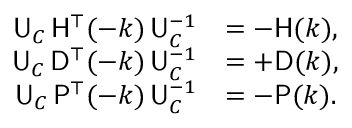
\begin{array} { r l } { { \sf U } _ { C } \, { \sf H } ^ { \top } ( - k ) \, { \sf U } _ { C } ^ { - 1 } } & { = - { \sf H } ( k ) , } \\ { { \sf U } _ { C } \, { \sf D } ^ { \top } ( - k ) \, { \sf U } _ { C } ^ { - 1 } } & { = + { \sf D } ( k ) , } \\ { { \sf U } _ { C } \, { \sf P } ^ { \top } ( - k ) \, { \sf U } _ { C } ^ { - 1 } } & { = - { \sf P } ( k ) . } \end{array}